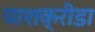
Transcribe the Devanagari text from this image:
पाशक्रीडा